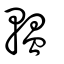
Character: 輼